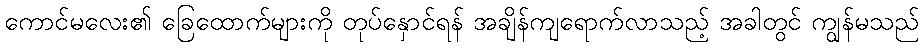
ကောင်မလေး၏ ခြေထောက်များကို တုပ်နှောင်ရန် အချိန်ကျရောက်လာသည့် အခါတွင် ကျွန်မသည်